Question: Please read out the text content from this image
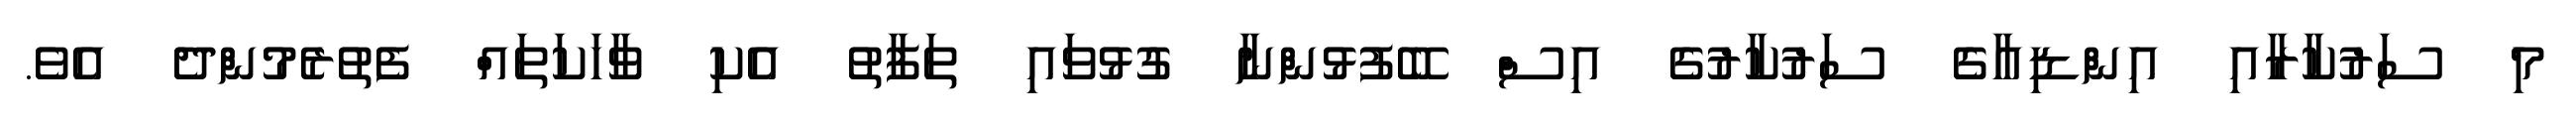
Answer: މި ސަރުކާރާއި އިންޑިއާގެ ސަރުކާރުގެ އިސް ބޭފުޅުންނާ ގުޅުވައި ތަފާތު އެކި ވާހަކަތައް ފެތުރެމުންދެ އެވެ.